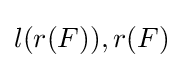
l(r(F)),r(F)